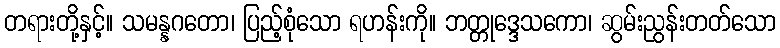
တရားတို့နှင့်။ သမန္နဂတော၊ ပြည့်စုံသော ရဟန်းကို။ ဘတ္တုဒ္ဒေသကော၊ ဆွမ်းညွန်းတတ်သော